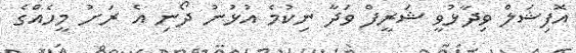
އޮފިޝަލް ވިދާޅުވީ ޝަރީފް ވަދާ ނިކުމެ އުޅުނު ދޯނި އެ ރަށު މީހެއްގެ